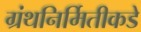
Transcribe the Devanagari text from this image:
ग्रंथनिर्मितीकडे